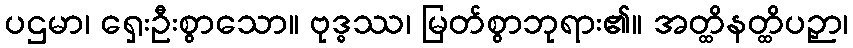
ပဌမာ၊ ရှေးဦးစွာသော။ ဗုဒ္ဓဿ၊ မြတ်စွာဘုရား၏။ အတ္ထိနတ္ထိပဉှာ၊